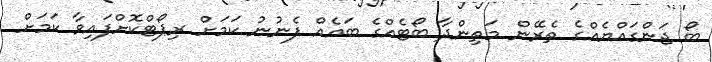
ބޯ ޖަންގައްޔެއްގެ ތެރޭން މަތިންދާ ބޯޓެއްގެ ބައެއް ފެނުނު ކަމަށް ރިޕޯޓްކޮށްފައިވާ ކަމަށް